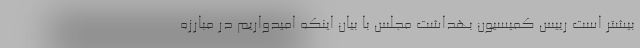
بیشتر است رییس کمیسیون بهداشت مجلس با بیان اینکه امیدواریم در مبارزه